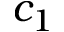
c _ { 1 }